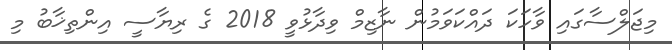
މިޖަލްސާގައި ވާހަކަ ދައްކަވަމުން ނާޒިމް ވިދާޅުވީ 2018 ގެ ރިޔާސީ އިންތިޚާބު މި